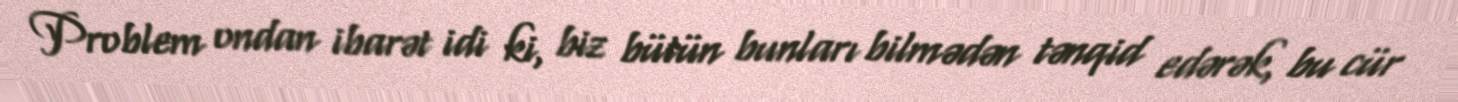
Problem ondan ibarət idi ki, biz bütün bunları bilmədən tənqid edərək, bu cür